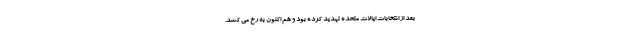
بعد از انتخابات ایالات متحده تهدید کرده بود و هم اکنون به رخ می کشد.